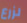
لزرع